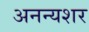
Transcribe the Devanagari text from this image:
अनन्यशर